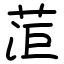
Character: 菃